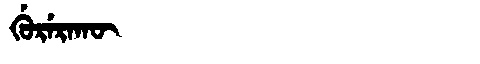
Manchu: ᡤᡠᡵᡝᡵᠠᡴᡡ
Romanization: GURERAKŪ